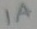
Text: 1A